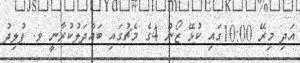
އަދި މިރޭ 10:00ގައި ކުޅޭ ޒޯން 4ގެ މެޗުގައި ބައްދަލުކުރާނީ ވ. ފުލިދު